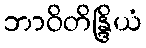
ဘာဝိတိန္ဒြိယံ